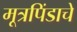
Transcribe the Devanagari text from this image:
मूत्रपिंडाचे